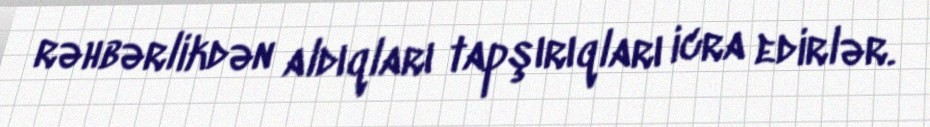
rəhbərlikdən aldıqları tapşırıqları icra edirlər.